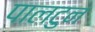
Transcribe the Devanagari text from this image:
पालटुन